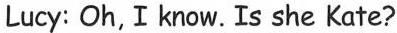
Lucy: Oh, I know. Is she Kate?